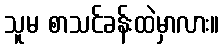
သူမ စာသင်ခန်းထဲမှာလား။